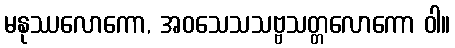
မနုဿလောကော, အဝသေသသဗ္ဗသတ္တလောကော ဝါ။